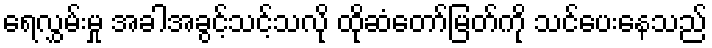
ရေလွှမ်းမှု အခါအခွင့်သင့်သလို ထိုဆံတော်မြတ်ကို သင်ပေးနေသည်